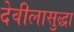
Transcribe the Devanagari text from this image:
देवीलासुद्धा